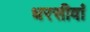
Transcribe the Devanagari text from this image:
धरसीवां